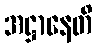
အဋ္ဌာနေတိ